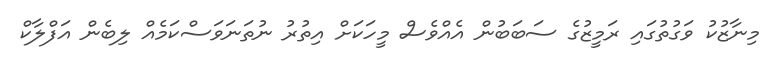
މިނާޒުކު ވަގުތުގައި ރަމީޒުގެ ސަބަބުން އެއްވެސް މީހަކަށް އިތުރު ނުތަނަވަސްކަމެއް ލިބެން އަފްލާކް